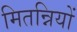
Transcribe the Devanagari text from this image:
मितन्नियों